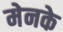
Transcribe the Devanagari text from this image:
मेनके